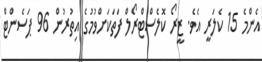
އެންމެ 15 ކެލަރީ އެވެ. ޒީރޯ ކޮލެސްޓްރޯލް ފަތަކަށްވުމުގެ އިތުރުން 96 ޕަސެންޓް